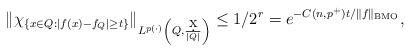
LaTeX: \begin{align*}\|\chi_{\{x\in Q: |f(x)-f_Q|\geq t\}}\|_{L^{p(\cdot)}\left(Q,\frac{\d x}{|Q|}\right)}\leq 1/2^r=e^{-C(n,p^+)t/\|f\|_{\mathrm{BMO}}},\end{align*}